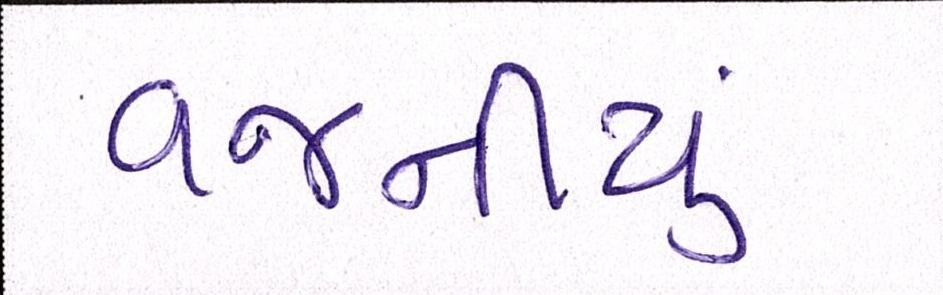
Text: વજનીયુ